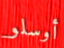
أوسلو